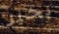
بخير